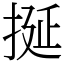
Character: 挻